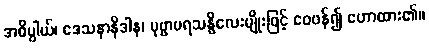
အဓိပ္ပါယ်၊ ဒေသနာနိဒါန၊ ပုဗ္ဗာပရသန္ဓိလေးမျိုးဖြင့် ဝေဖန်၍ ဟောထား၏။